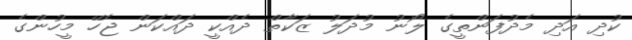
ކުދި އަދި މެދުފަންތީގެ ލޯނު މުދަލު ޒަކާތް ދެއްކީ ދައްކަން ޖެހޭ މީހުންގެ